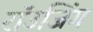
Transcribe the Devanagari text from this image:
रॉउजिंग